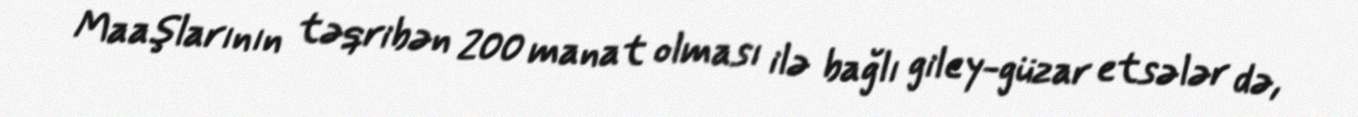
Maaşlarının təqribən 200 manat olması ilə bağlı giley-güzar etsələr də,